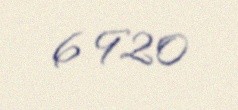
6 920